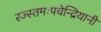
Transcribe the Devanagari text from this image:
रज्स्तमःपचेन्द्रियानी